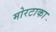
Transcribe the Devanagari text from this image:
मोरटाका